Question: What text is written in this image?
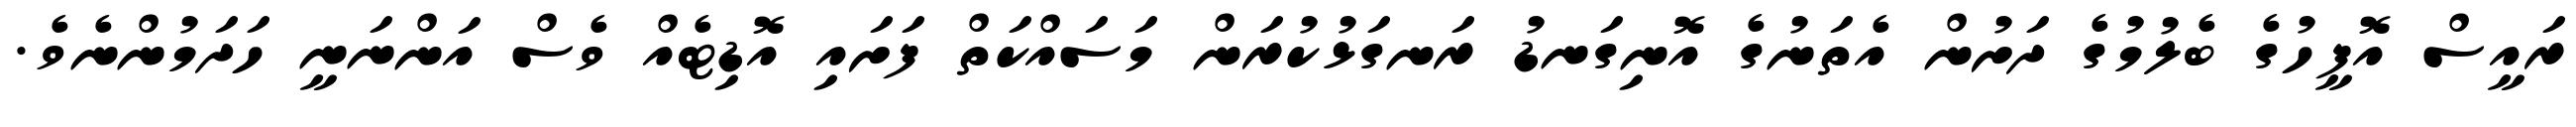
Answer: ރައީސް އޮފީހުގެ ބެލުމުގެ ދަށުން އެތަނުގެ އޮނިގަނޑު ރަނގަޅުކުރަން މަސައްކަތް ފަށައި އޮޑިޓެއް ވެސް އަންނަނީ ހަދަމުންނެވެ.